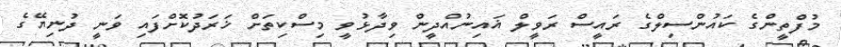
މުފްތީންގެ ކައުންސިލްގެ ރައީސް ރަވީލް ޣައިނުއްދީން ވިދާޅުވީ މިސްކިތަށް ޚަރަދުކޮށްފައި ވަނީ ދުނިޔޭގެ